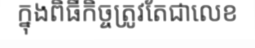
ក្នុងពិធីកិច្ចត្រូវតែជាលេខ